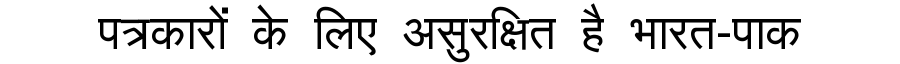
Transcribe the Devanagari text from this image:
पत्रकारों के लिए असुरक्षित है भारत-पाक